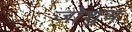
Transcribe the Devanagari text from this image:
जोशुय